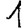
Digit: 1